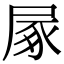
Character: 㞘